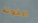
الخونة